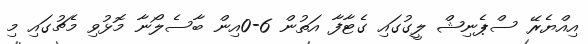
އިއްޔެރޭ ސްޕެނިޝް ލީގުގައި ގެޓާފާ އަތުން 6-0އިން ބާސެލޯނާ މޮޅުވި މެޗުގައި މި